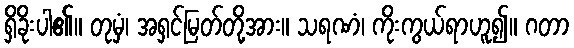
ရှိခိုးပါ၏။ တုမှံ၊ အရှင်မြတ်တို့အား။ သရဏံ၊ ကိုးကွယ်ရာဟူ၍။ ဂတာ